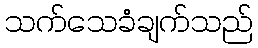
သက်သေခံချက်သည်